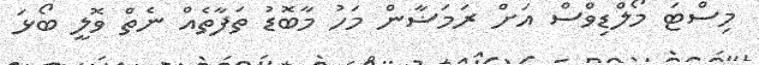
މިސްޓަ މޯލްޑިވްސް އަށް ރަމަޟާން މަހު މާބޮޑު ތަފާތެއް ނެތް ވޮލީ ބޯޅަ